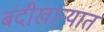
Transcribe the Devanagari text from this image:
बंदीखान्यात